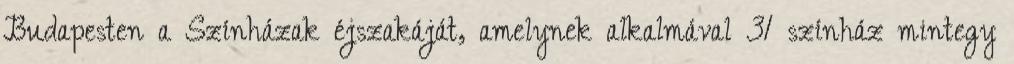
Budapesten a Színházak éjszakáját, amelynek alkalmával 31 színház mintegy